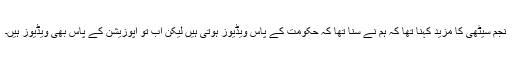
نجم سیٹھی کا مزید کہنا تھا کہ ہم نے سنا تھا کہ حکومت کے پاس ویڈیوز ہوتی ہیں لیکن اب تو اپوزیشن کے پاس بھی ویڈیوز ہیں۔